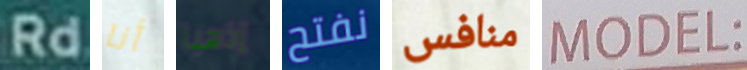
Rd أنا إذهبا نفتح منافس MODEL: